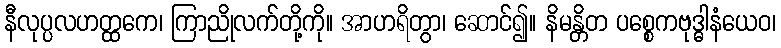
နီလုပ္ပလဟတ္ထကေ၊ ကြာညိုလက်တို့ကို။ အာဟရိတွာ၊ ဆောင်၍။ နိမန္တိတ ပစ္စေကဗုဒ္ဓါနံယေဝ၊